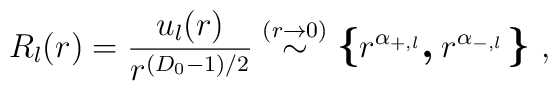
R_{l}(r) =\frac{u_{l}(r)}{r^{( D_{0} - 1)/2  }} \stackrel{(r \rightarrow 0 )}{\sim}\mbox{\boldmath\large  $\left\{  \right.$ } \! \! \!r^{\alpha_{+,l} }\mbox{\boldmath\large  $,$ }  \! r^{\alpha_{-,l} }\mbox{\boldmath\large  $\left.  \right\}$ } \! \!\;    ,